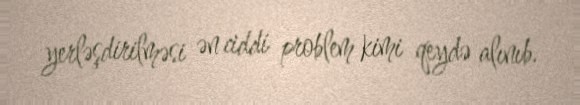
yerləşdirilməsi ən ciddi problem kimi qeydə alınıb.